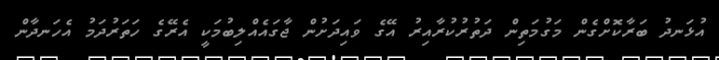
އުޅަނދު ބަރާކޮށްގެން މަގުމަތިން ދަތުރުކުރާއިރު އޭގެ ވައިދަށުން ޖާގައެއްލިބުމަކީ އެރޭގެ ހަތަރުދަމު އެހަނދާން